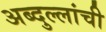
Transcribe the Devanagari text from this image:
अब्दुल्लांची